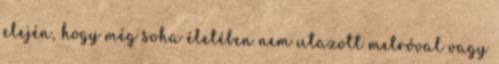
elején, hogy még soha életében nem utazott metróval vagy